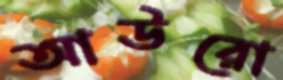
আউরো